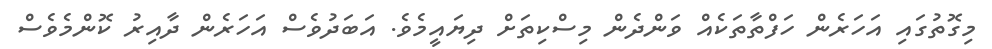
މިގޮތުގައި އަހަރެން ހަފްތާތަކެއް ވަންދެން މިސްކިތަށް ދިޔައީމެވެ. އަބަދުވެސް އަހަރެން ދާއިރު ކޮންމެވެސް